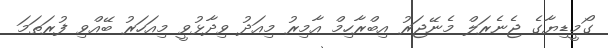
ގޯމީޑިޔާގެ ޖެނެރަލް މެނޭޖަރު އިބްރާހިމް އާމިރު މިއަދު ވިދާޅުވީ މިއަހަރު ބޭއްވި ފުރަތަމަ